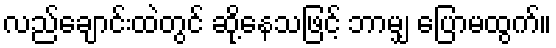
လည်ချောင်းထဲတွင် ဆို့နေသဖြင့် ဘာမျှ ပြောမထွက်။